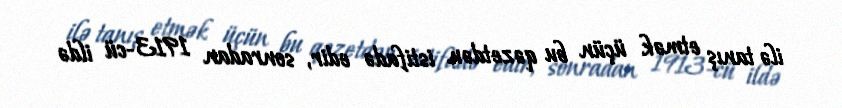
ilə tanış etmək üçün bu qəzetdən istifadə edir, sonradan 1913-cü ildə